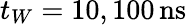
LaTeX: t_{W}=10,100\, \mathrm{ns}